Annual report on the working of the mental hospitals in the Madras Presidency - 1912-1932
Year: 1912
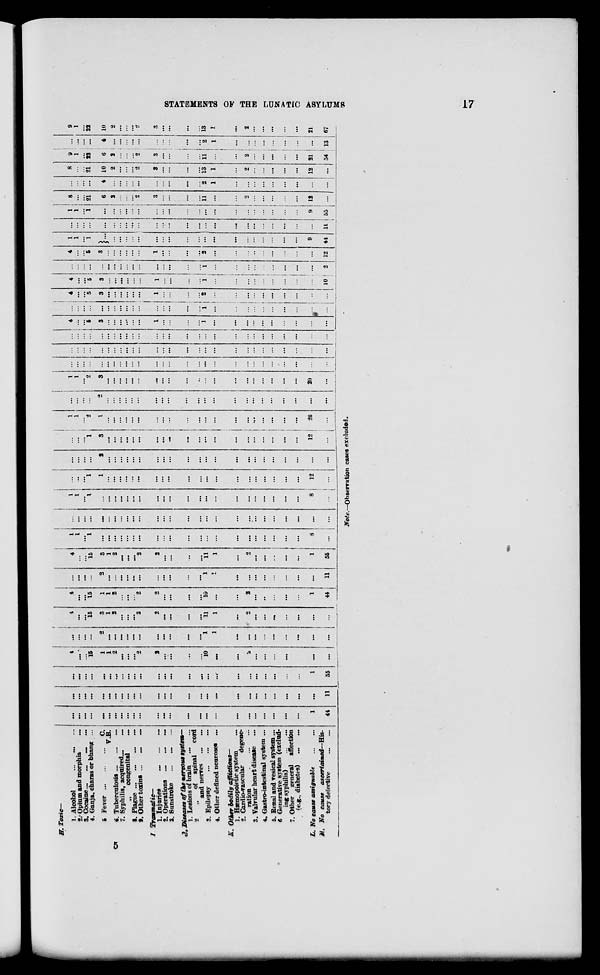
STATEMENTS OF THE LUNATIC ASYLUMS
17
H. Toxic—
1. Alcohol
... ... ...
2. Opium and morphia
...
3. Cocaine ... ... ... ...
4. Ganja, charas or bhang ...
5. Fever ... ... ... C.
V.B.
6.
Tuberculosis ... ... ...
7. Syphilis, acquired ... ...
„ congenital ...
8. Plague
...
...
...
...
9. Other toxins ... ... .... ...
I.
Traumatic—
1. Injuries
...
...
...
2. Operations
...
...
...
3. Sunstroke
...
...
...
J. Diseases of the nervous system—
1. Lesions of brain
...
...
2.
„
of spinal
cord
and nerves
...
...
3. Epilepsy
...
...
...
4. Other defined neuroses ...
K. Other bodily affictions—
1. Hæmopoietic system ...
2. Cardio-vascular
degene-
ration
...
...
3. Valvular heart disease ...
4. Gastro-intestinal system ...
5. Renal and vesical system ...
6. Generative system (exclud-
ing syphilis)
...
...
7. Other
general
affection
(eg., diabetes) ... ...
L. No cause assignable
...
...
M. No cause
ascertained—His-
tory defective
...
...
...
...
...
...
...
...
...
...
...
...
...
...
...
...
...
...
...
...
...
...
...
...
...
...
...
1
44
...
...
...
...
...
...
...
...
...
...
...
...
...
...
...
...
...
...
...
...
...
...
...
...
...
...
11
...
...
...
...
...
...
...
...
...
...
...
...
...
...
...
...
...
...
. ..
...
...
...
...
...
...
1
55
4
...
...
15
1
1
2
...
...
...
2
2
...
...
...
...
10
...
...
2
...
...
...
...
...
...
...
...
...
...
...
2
...
...
...
...
...
...
...
...
...
...
...
1
1
...
...
...
...
...
...
...
...
...
4
...
15
15
3
1
2
...
...
...
2
2
...
...
...
...
11
1
...
2
...
...
...
...
...
...
...
4
...
15
15
1
1
2
...
...
...
2
2
...
...
...
...
10
...
...
2
...
..
...
...
...
1
44
...
...
...
...
2
...
...
...
...
...
...
...
...
...
...
...
1
1
...
...
...
...
...
...
...
...
11
4
...
...
15
3
1
2
...
...
...
2
2
...
...
...
...
11
1
...
2
...
...
...
...
...
1
55
1
1
...
1
...
...
...
...
...
...
...
...
...
...
...
...
...
...
...
...
...
...
...
...
...
8
...
...
...
...
...
...
...
...
...
...
...
...
...
...
...
...
...
...
...
...
...
...
...
...
...
...
...
...
1
1
1
1
...
...
...
...
...
...
...
...
...
...
...
...
...
...
...
...
...
...
...
...
...
8
...
...
...
1
1
1
...
...
...
...
...
...
...
...
...
...
...
...
...
...
...
...
...
...
...
...
12
...
...
...
...
...
2
...
...
...
...
...
...
...
...
...
...
...
...
...
...
...
...
...
...
...
...
...
...
...
...
1
1
3
. ..
...
...
. ..
...
...
. ..
. ..
...
. ..
...
...
...
...
...
...
...
...
...
...
12
...
1
1
...
2
1
...
...
...
...
...
...
...
...
...
...
...
...
...
...
...
...
...
...
...
...
20
...
...
...
...
...
2
...
...
...
...
...
...
...
...
...
...
...
...
...
...
...
...
...
...
...
...
...
...
1
1
...
2
3
...
...
...
...
...
...
...
...
...
...
...
...
...
...
...
...
...
...
...
...
20
...
...
...
...
...
...
...
...
...
...
...
...
...
...
...
...
...
. ..
...
...
...
...
...
...
...
...
...
...
...
...
...
...
...
...
...
...
...
...
...
...
. ..
...
...
...
...
...
...
...
...
...
...
...
...
...
...
...
...
...
...
...
...
...
...
...
...
...
...
...
. ..
...
...
...
...
...
...
...
...
...
...
...
...
4
...
...
5
3
...
...
...
...
...
...
1
...
...
...
1
...
...
...
...
...
...
...
...
...
...
...
...
...
...
...
...
...
...
...
...
...
...
...
...
...
1
...
...
...
...
...
...
...
...
...
...
...
4
...
...
5
3
. ..
...
...
...
...
...
1
...
...
...
2
...
...
...
...
...
...
...
...
...
...
...
4
...
...
5
3
...
...
...
...
...
...
1
...
...
...
1
...
...
...
...
...
...
...
...
...
...
10
...
...
...
...
...
...
...
...
...
...
...
...
...
...
...
1
...
...
...
...
...
...
...
...
...
...
2
4
...
...
5
3
...
...
...
...
...
...
1
...
...
...
2
...
...
...
...
...
...
...
...
...
...
12
1
1
...
1
...
...
...
...
...
...
...
...
...
...
...
...
...
...
...
...
...
...
...
...
9
44
...
...
...
...
...
...
...
...
...
...
...
...
...
...
...
...
...
...
...
...
...
...
...
...
...
11
1
1
...
1
...
...
...
...
...
...
...
...
...
...
...
...
...
...
...
...
...
...
...
...
9
55
8
...
...
21
6
2
...
...
2
...
3
...
...
...
11
11
...
...
2
...
...
...
...
...
12
...
...
...
...
...
4
...
...
...
...
...
...
...
...
...
2
2
1
...
...
...
...
...
...
...
...
...
8
...
...
21
10
2
...
...
2
...
3
...
...
...
13
13
1
...
2
...
...
...
...
...
12
...
9
1
...
22
6
2
...
...
2
...
3
...
...
...
11
...
...
...
2
...
...
...
...
...
21
54
...
...
...
...
4
...
...
...
...
...
...
...
...
. ..
2
1
1
...
...
...
...
...
...
...
...
13
9
1
...
22
10
2
...
...
2
...
3
...
...
...
13
1
1
...
2
...
...
...
...
...
21
67
Note.—Observation cases excluded.
5